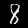
Label: 8